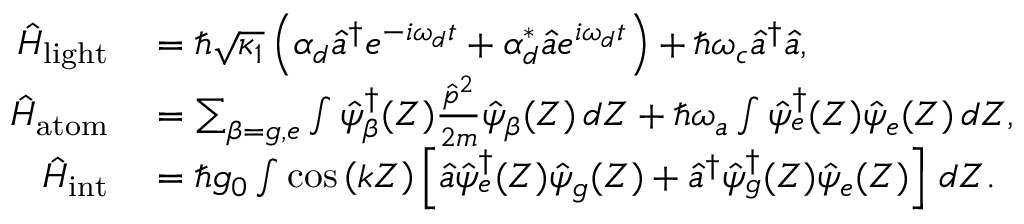
\begin{array} { r l } { \hat { H } _ { { \mathrm { l i g h t } } } } & { { } = \hbar \sqrt { \kappa _ { 1 } } \left( \alpha _ { d } \hat { a } ^ { \dagger } e ^ { - i \omega _ { d } t } + \alpha _ { d } ^ { * } \hat { a } e ^ { i \omega _ { d } t } \right) + \hbar \omega _ { c } \hat { a } ^ { \dagger } \hat { a } , } \\ { \hat { H } _ { { \mathrm { a t o m } } } } & { { } = \sum _ { \beta = g , e } \int \hat { \psi } _ { \beta } ^ { \dagger } ( Z ) \frac { \hat { p } ^ { 2 } } { 2 m } \hat { \psi } _ { \beta } ( Z ) \, d Z + \hbar \omega _ { a } \int \hat { \psi } _ { e } ^ { \dagger } ( Z ) \hat { \psi } _ { e } ( Z ) \, d Z , } \\ { \hat { H } _ { { \mathrm { i n t } } } } & { { } = \hbar g _ { 0 } \int \cos \left( k Z \right) \left[ \hat { a } \hat { \psi } _ { e } ^ { \dagger } ( Z ) \hat { \psi } _ { g } ( Z ) + \hat { a } ^ { \dagger } \hat { \psi } _ { g } ^ { \dagger } ( Z ) \hat { \psi } _ { e } ( Z ) \right] \, d Z . } \end{array}